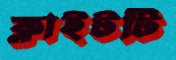
ফ্লাইটটি